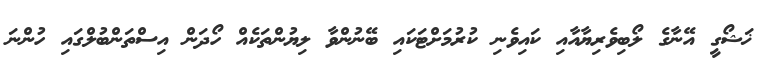
ޚަޝޯގީ އޭނާގެ ލޯބިވެރިޔާއާއި ކައިވެނި ކުރުމަށްޓަކައި ބޭނުންވާ ލިޔުންތަކެއް ހޯދަން އިސްތަންބުލްގައި ހުންނަ